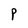
Character: P